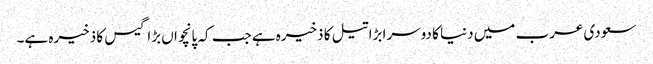
سعودی عرب میں دنیا کا دوسرا بڑا تیل کا ذخیرہ ہے جب کہ پانچواں بڑا گیس کا ذخیرہ ہے۔